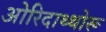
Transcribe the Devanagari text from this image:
ओरिदाथ्थोरू